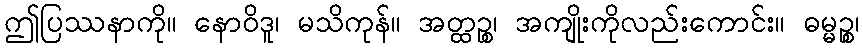
ဤပြဿနာကို။ နောဝိဒူ၊ မသိကုန်။ အတ္ထဉ္စ၊ အကျိုးကိုလည်းကောင်း။ ဓမ္မဉ္စ၊